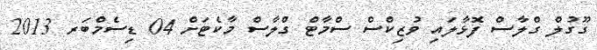
ގޫގުލް ގްލާސް ފޮޅާލައި ވުޒިކްސް ސްމާޓް ގްލާސް މާކެޓަށް 04 ޑިސެމްބަރ 2013